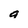
Character: a